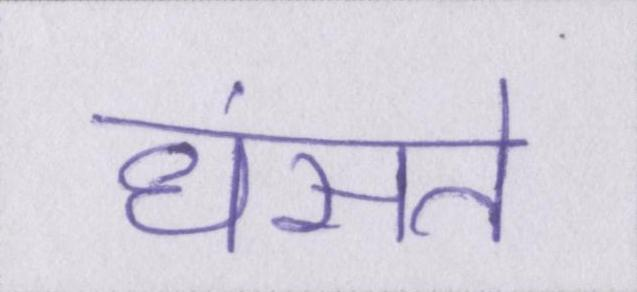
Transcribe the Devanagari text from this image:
धंसते